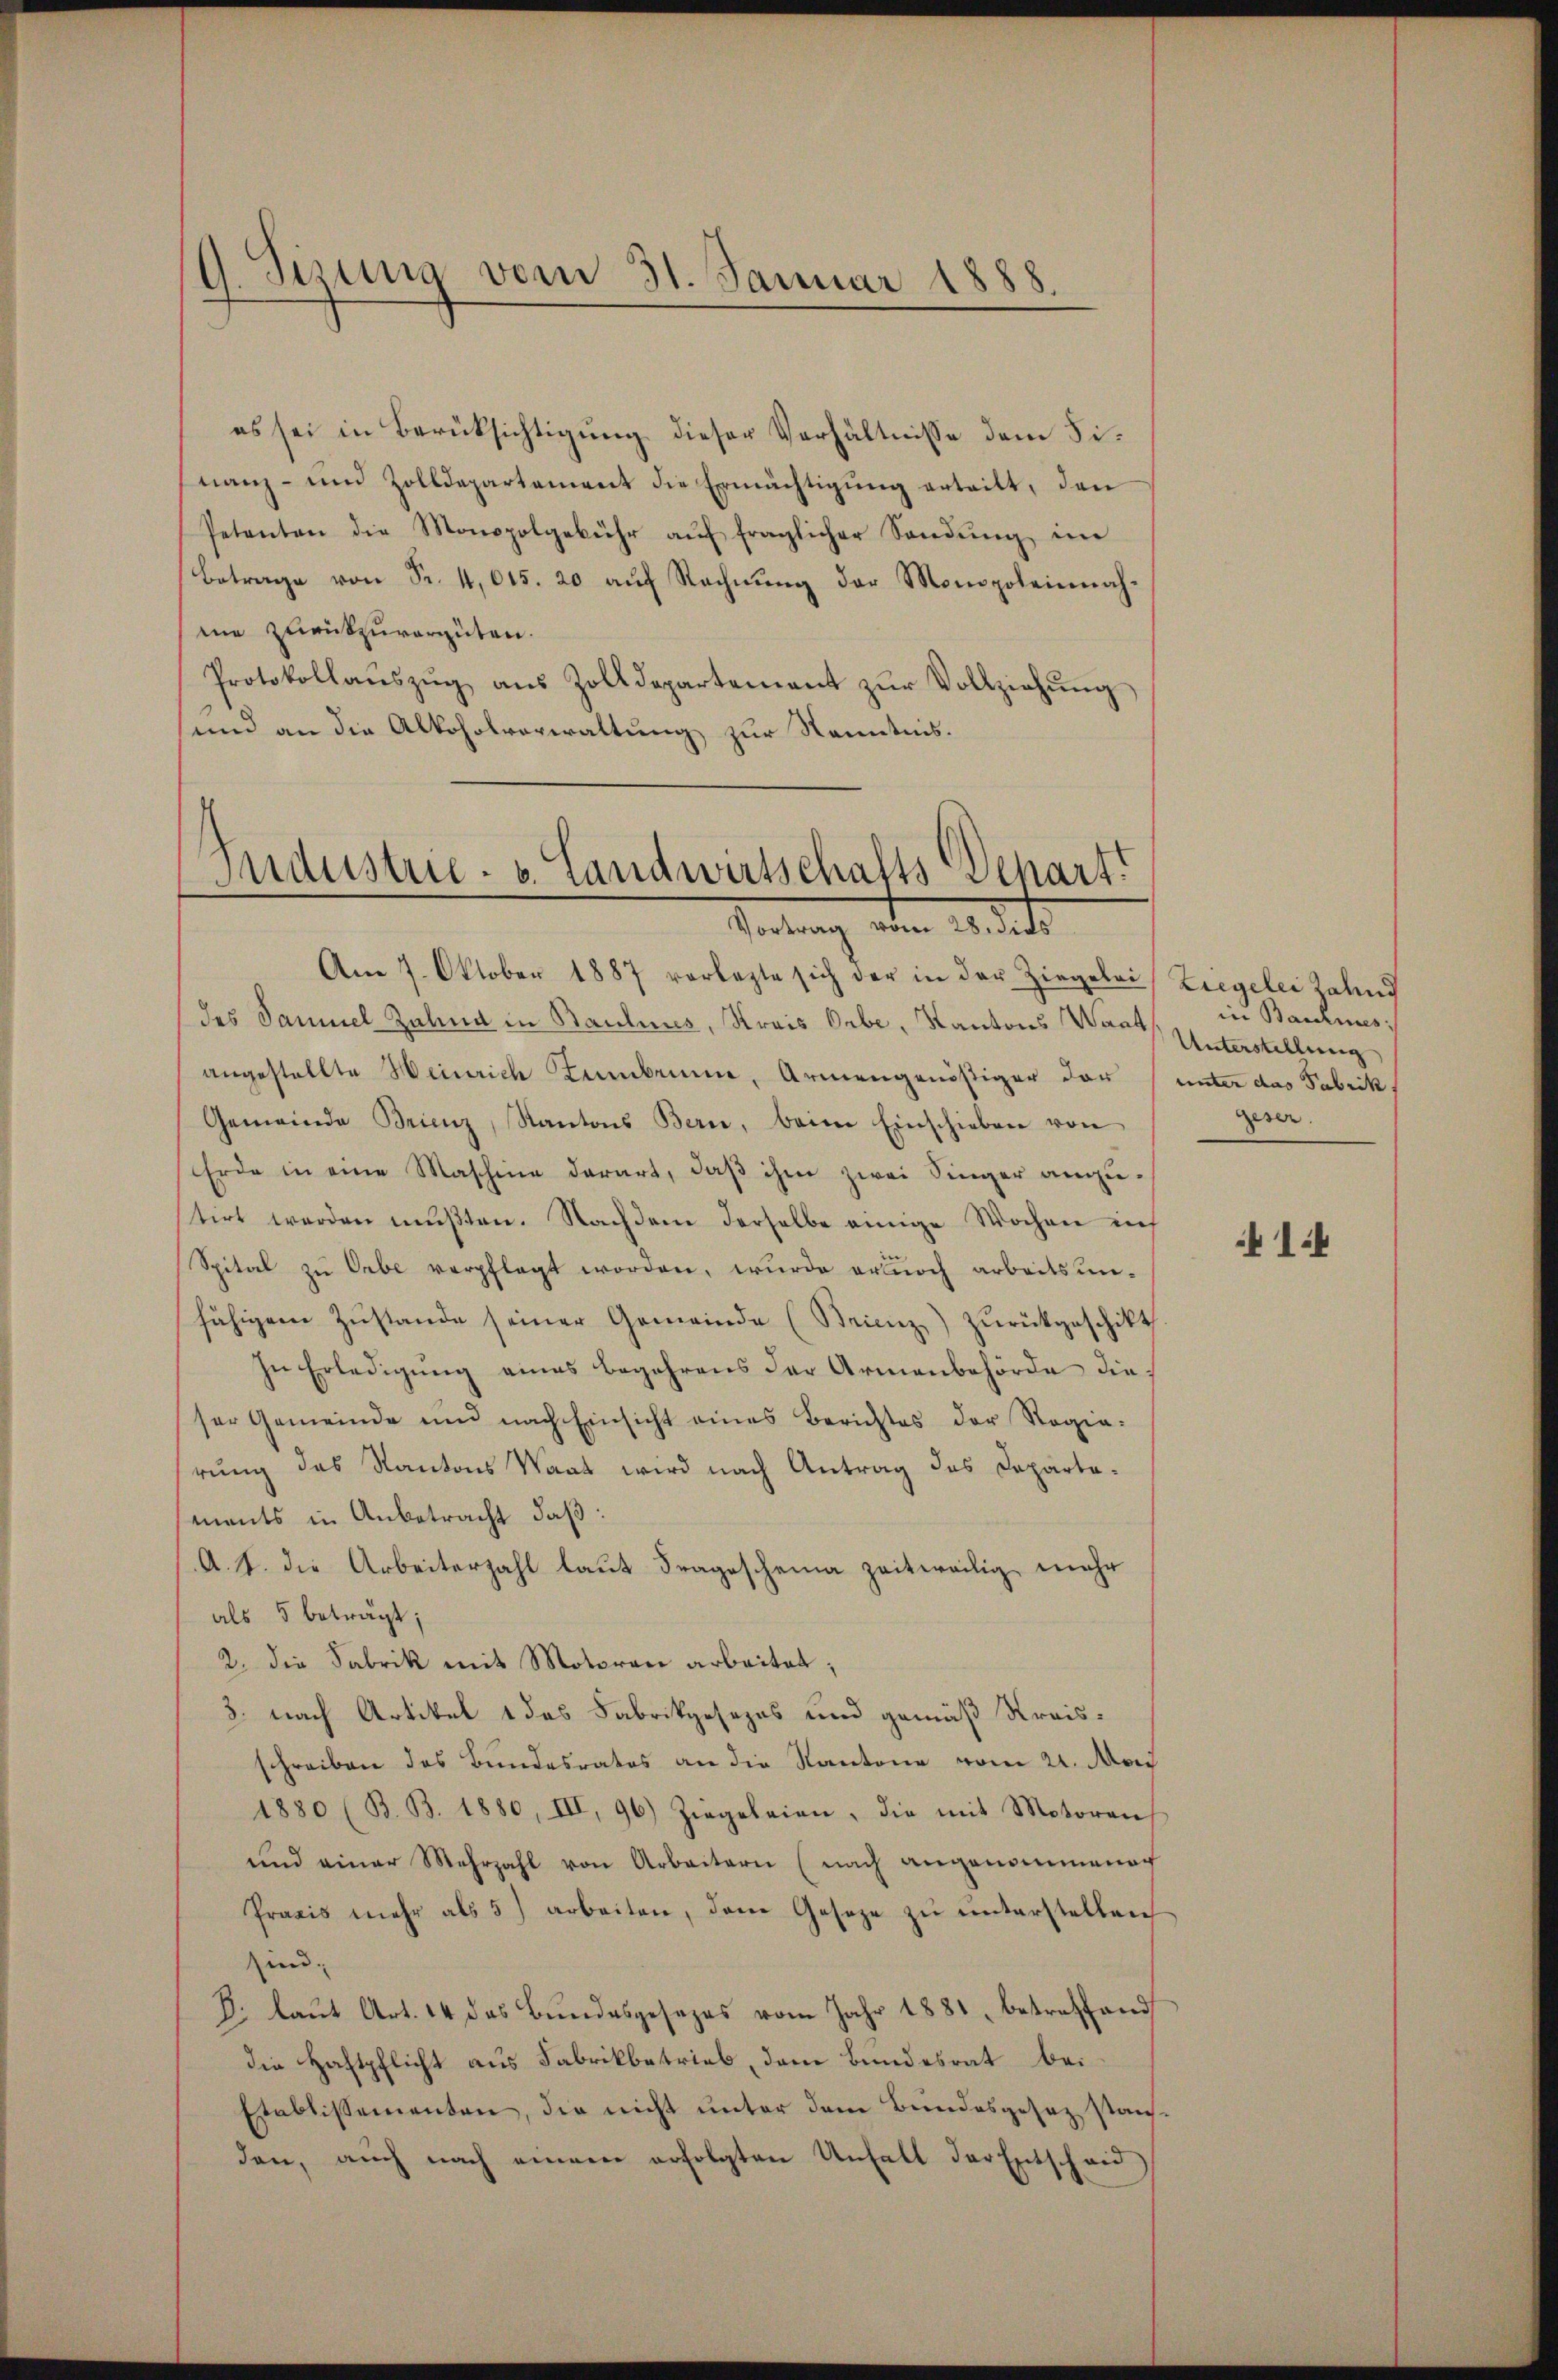
9. Sizung vom 31. Januar 1888.

es sei in Berüksichtigung dieser Verhältnisse dem Finanz- und Zolldepartement die Ermächtigŭng erteilt, den
Petenten die Monopolgebühr aŭf fraglicher Sandŭng im
Betrage von Fr. 4,615. 20 auf Rechnung der Monopoleinnahme zurückzuvergüten.
Protokollaŭszŭg aŭs Zolldepartement zŭr Vollziehŭng
und an die Alkoholverwaltung zur Kenntnis.

Industrie. v. Landwirtschafts Depart.
Vortrag vom 28. dies

Am 7. Oktober 1887 vorlegte sich der in der Ziegelei Ziegelei Zahns
des Sammel Zahnd in Baulines, Krais Orbe, Kantons Wart, Unterstellung
angestellte Heinrich amben, Armengenößiger das unter das Fabrik
Gemeinde Brienz, Kantons Bern, beim Einschieben von
Erde in eine Maschine darart, daß ihm zwei Singer anzustirt werden mŭβten. Nachdem derselbe einige Wochen ich
Spital zu Orbe verpflegt worden, wurde erdurch arbeitsunfähigem Zŭstande seiner Gemeinde (Brienz) zŭrückgeschikt
In Erledigŭng eines begehrens der Armenbehörde die
ser Gemeinde und nach Einsicht eines Berichtes der Regierung des Kantons Waat wird nach Antrag des Departements in Anbetracht daß:
A. S. die Arbeiterzahl laut Fragescheina zeitweilig mehr
als 5 beträgt;
2. Die Fabrik mit Motoren arbeitet,
3. nach Artikel 1 das Fabrikgesezes und gemäß Kreisschreiben des Bundesrates an die Kantone vom 21. Mai
1880 (B. B. 1880, III, 96) Ziegeleien, die mit Motoren
und einer Mehrzahl von Arbeitern (nach angenommenach
Praxis mehr als 5) arbeiten, dem Gesetze zŭ ŭnterstellen
sind.
E. laŭt Art. 14 das Bundesgesezes vom Jahr 1881, betreffend
die Haftpflicht aus Fabrikbetrieb, dem Bundesrat bei
Etablissementen, die nicht unter dem Bundesgesez standen, auch nach einem erfolgten Unfall der Entscheid

in Baulines
Geser

1